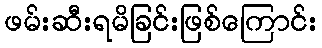
ဖမ်းဆီးရမိခြင်းဖြစ်ကြောင်း